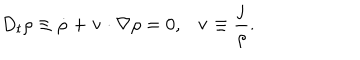
D _ { t } \rho \equiv \dot { \rho } + { \bf v } \cdot \nabla \rho = 0 , { \bf v } \equiv \frac { \bf j } { \rho } .